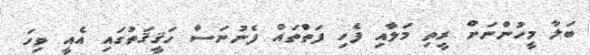
ބަލާ މީހުންނަށް ރީތި މަލާއި ފެހި ފަތްތައް ފެނުނަސް ހަޤީޤަތުގައި އެއީ ވިހަ